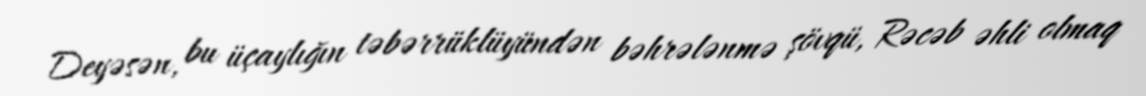
Deyəsən, bu üçaylığın təbərrüklüyündən bəhrələnmə şövqü, Rəcəb əhli olmaq